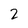
Character: 2